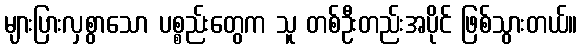
များပြားလှစွာသော ပစ္စည်းတွေက သူ တစ်ဦးတည်းအပိုင် ဖြစ်သွားတယ်။